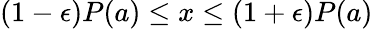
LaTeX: (1-\epsilon)P(a)\leq x\leq(1+\epsilon)P(a)